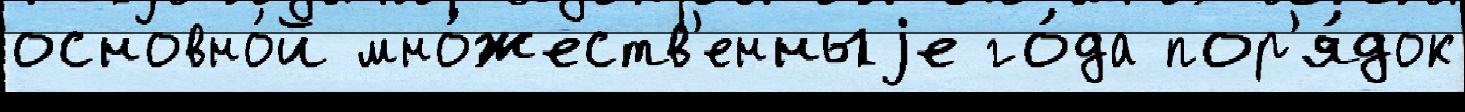
основно́й мно́жеств'енныjе го́да пор'я́док